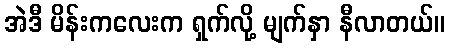
အဲဒီ မိန်းကလေးက ရှက်လို့ မျက်နှာ နီလာတယ်။